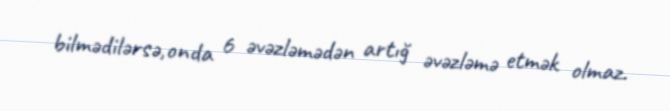
bilmədilərsə,onda 6 əvəzləmədən artığ əvəzləmə etmək olmaz.